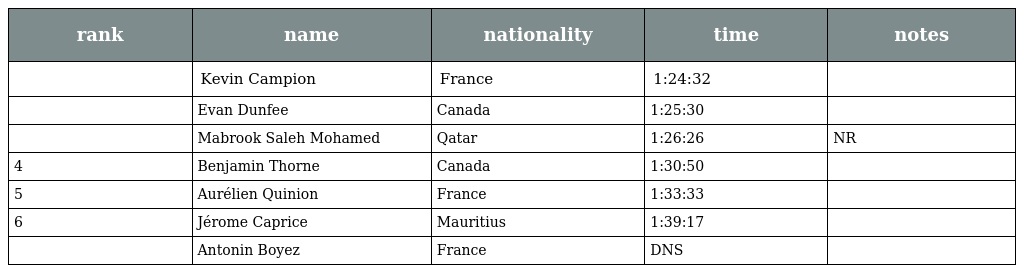
| rank | name | nationality | time | notes |
 | --- | --- | --- | --- | --- |
 |  | Kevin Campion | France | 1:24:32 |  |
 |  | Evan Dunfee | Canada | 1:25:30 |  |
 |  | Mabrook Saleh Mohamed | Qatar | 1:26:26 | NR |
 | 4 | Benjamin Thorne | Canada | 1:30:50 |  |
 | 5 | Aurélien Quinion | France | 1:33:33 |  |
 | 6 | Jérome Caprice | Mauritius | 1:39:17 |  |
 |  | Antonin Boyez | France | DNS |  |